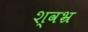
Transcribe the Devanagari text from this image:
श्वभ्र